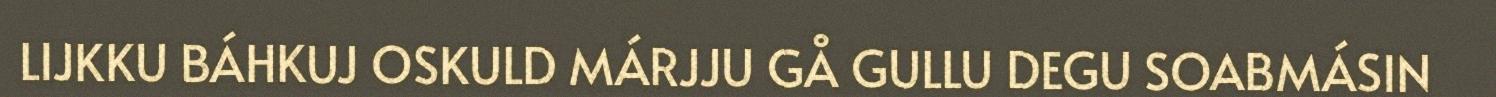
LIJKKU BÁHKUJ OSKULD MÁRJJU GÅ GULLU DEGU SOABMÁSIN